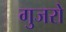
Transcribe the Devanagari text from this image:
गुजरो